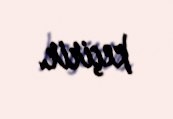
keçirir.